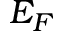
E _ { F }